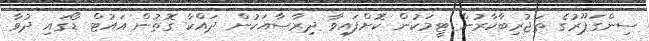
ސިންގަޕޫރުގެ ތަޖުރިބާކާރުން ޓީމަކުން ކޮށްފައިވާ ދިރާސާއަކުން ދައްކާ ގޮތުން އައުޓް ޑޯގައި ދުވާ